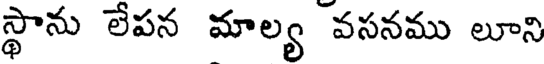
స్థాను లేపన మాల్య వసనము లూని